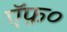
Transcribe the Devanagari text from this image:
ऍफ़०